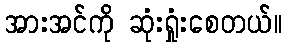
အားအင်ကို ဆုံးရှုံးစေတယ်။